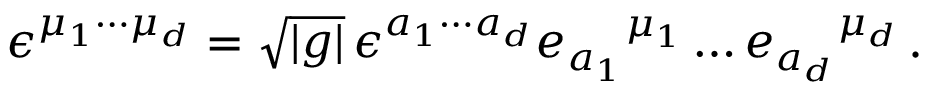
\epsilon ^ { \mu _ { 1 } \cdots \mu _ { d } } = \sqrt { | g | } \, \epsilon ^ { a _ { 1 } \cdots a _ { d } } e _ { a _ { 1 } } { } ^ { \mu _ { 1 } } \ldots e _ { a _ { d } } { } ^ { \mu _ { d } } \, .